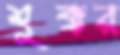
শুক্কর